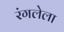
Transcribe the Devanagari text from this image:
रंगलेला